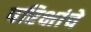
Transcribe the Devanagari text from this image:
परिक्षांचे